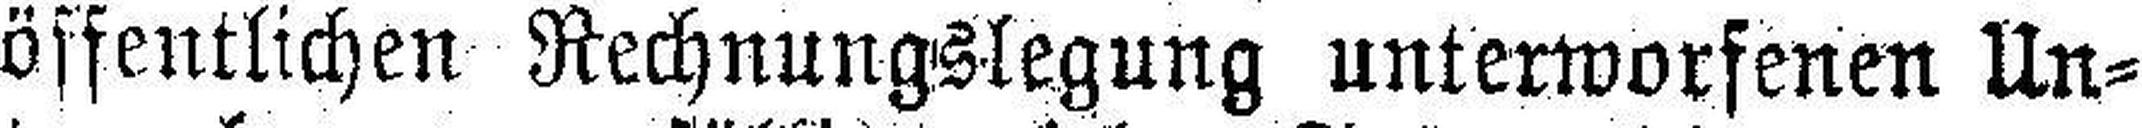
öffentlichen Rechnungslegung unterworfenen Un¬